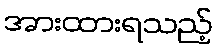
အားထားရသည့်